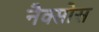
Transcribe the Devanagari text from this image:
नैक्सोस